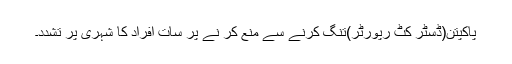
پاکپتن(ڈسٹر کٹ رپورٹر)تنگ کرنے سے منع کر نے پر سات افراد کا شہری پر تشدد۔